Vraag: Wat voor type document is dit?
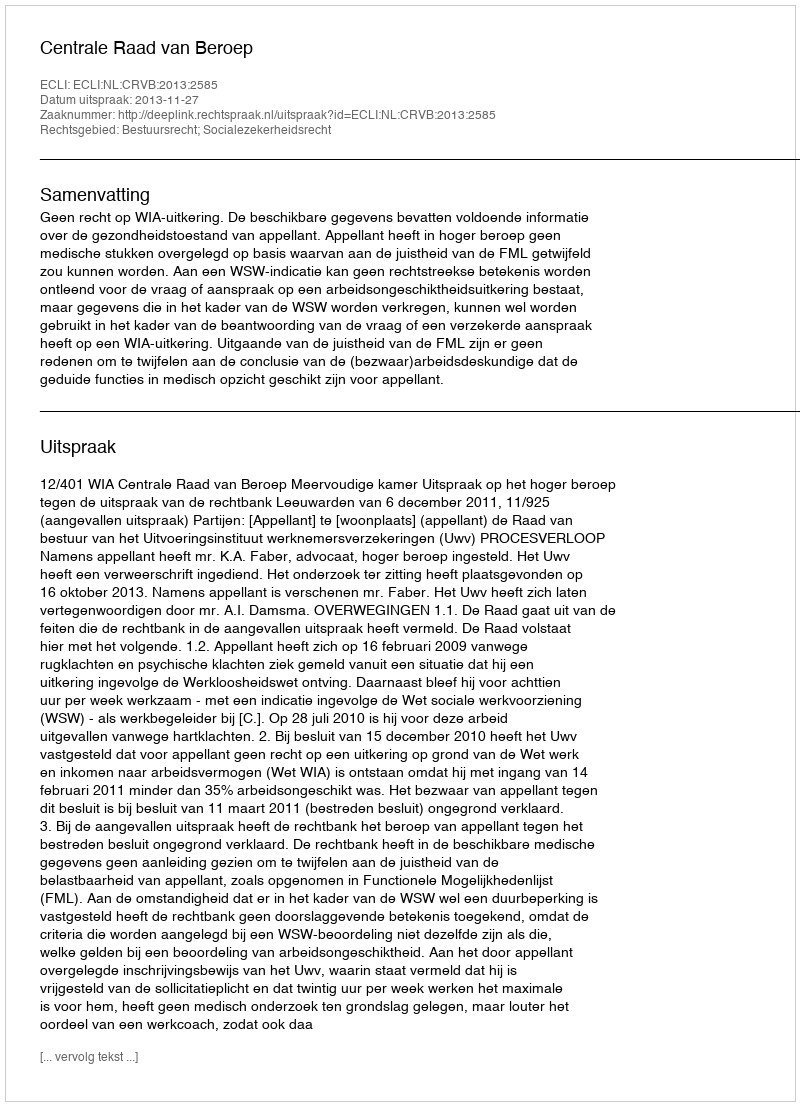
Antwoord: Uitspraak